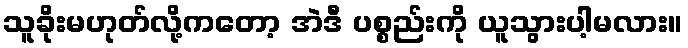
သူခိုးမဟုတ်လို့ကတော့ အဲဒီ ပစ္စည်းကို ယူသွားပါ့မလား။